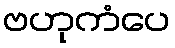
ဗဟုကံပေ